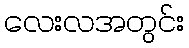
လေးလအတွင်း